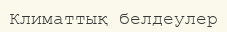
Климаттық белдеулер